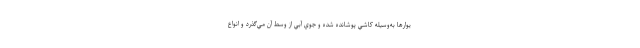
يوارها به‌وسيله كاشي پوشانده شده و جوي آبي از وسط آن مي‌گذرد و انواع